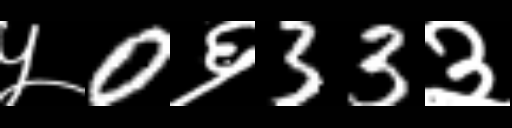
Text: ५0६33३